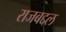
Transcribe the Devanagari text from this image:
राजबद्दल